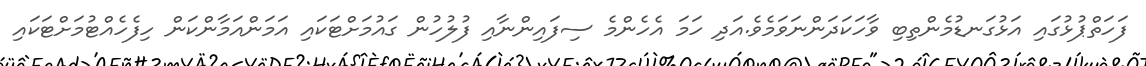
ފަހަތްޕުޅުގައި އަޅުގަނޑުމެންތިބި ވާހަކަދަންނަވަމެވެ.އަދި ހަމަ އެހެންމެ ސިފައިންނާއި ފުލުހުން ގައުމަށްޓަކައި އަމަންއަމާންކަން ހިފެހެއްޓުމަށްޓަކައި